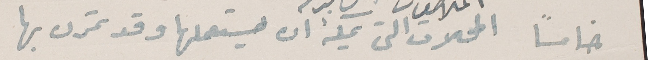
خامساً المحلات التي يمكن ان يستعملها وقد تمرن بها